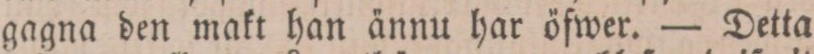
gagna den makt han ännu har öfwer. — Detta